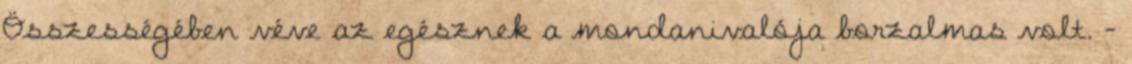
Összességében véve az egésznek a mondanivalója borzalmas volt. -